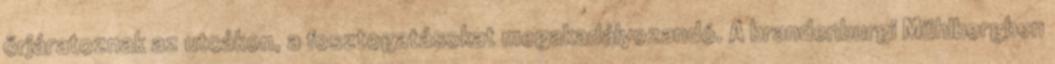
őrjáratoznak az utcákon, a fosztogatásokat megakadályozandó. A brandenburgi Mühlbergben